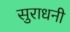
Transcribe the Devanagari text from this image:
सुराधनी